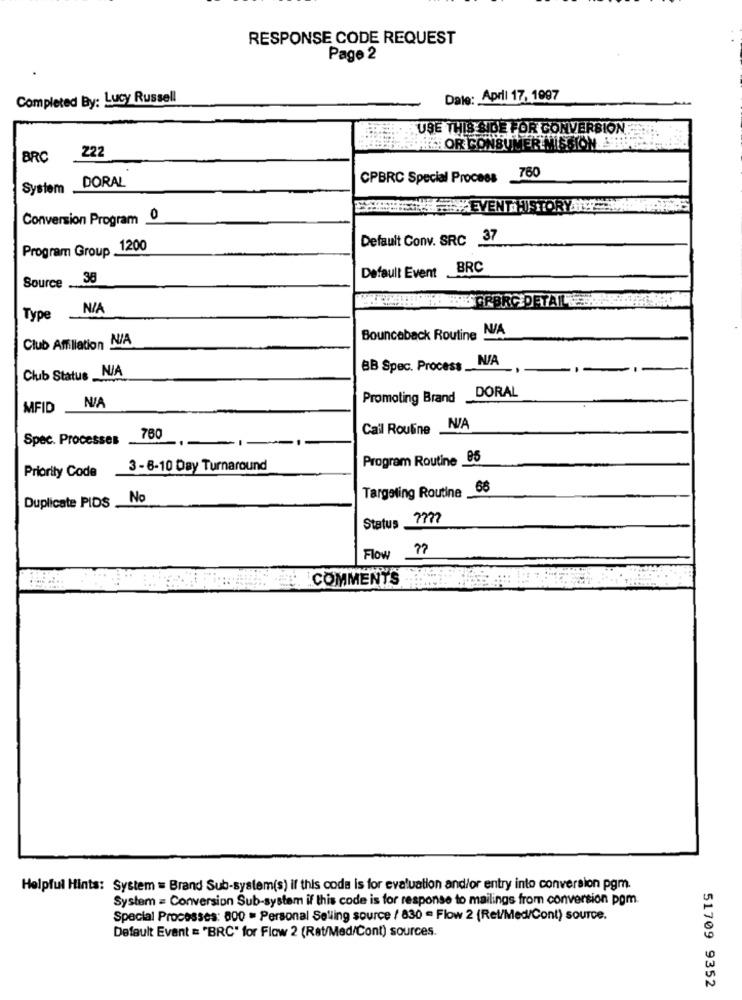
RESPONSE CODE REQUEST
Page 2
Completed By: Lucy Russell
Date: April 17, 1997
USE THIS SIDE FOR CONVERSION
#: OR CONSUMER MISSION
BRC
222
DORAL
CPBRC Special Process 760
System
LEVENT HISTORY-
Conversion Program 0
Default Conv. SRC 37
Program Group 1200
Default Event BRC
38
Source
Type
Bounceback Routine N/A
Club Affiliation N/A
Club Status _N/A
BB Spec. Process.
DORAL
Promoting Brand
MFID
Cail Routine
Spec. Processes
780
Program Routine 85
3 -6-10 Day Turnaround
Priority Code
Targeting Routine 68
Duplicate PIDS
No
Status _777?
Flow
COMMENTS
Helpful Hints: System = Brand Sub-system(s) if this code is for evaluation and/or entry into conversion pgm.
System = Conversion Sub-system if this code is for response to mailings from conversion pom.
Special Processes: 800 = Personal Selling source / 830 - Flow 2 (Rel/Med/Cont) source.
Default Event = "BRC" for Flow 2 (Rat/Med/Cont) sources.
51709 9352